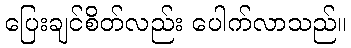
ပြေးချင်စိတ်လည်း ပေါက်လာသည်။